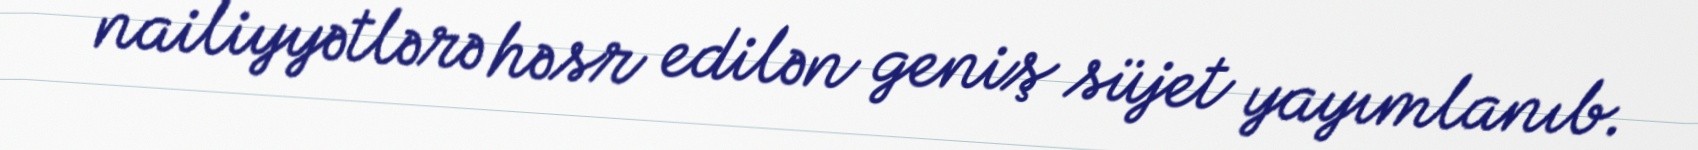
nailiyyətlərə həsr edilən geniş süjet yayımlanıb.